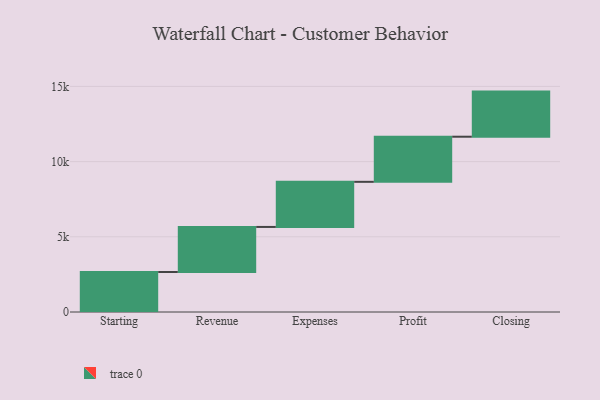
{"axis": {"x": "Step", "y": "Value"}, "legend": [""], "data": [{"x": "Starting", "y": 2661.0, "type": ""}, {"x": "Revenue", "y": 2995.0, "type": ""}, {"x": "Expenses", "y": 3000, "type": ""}, {"x": "Profit", "y": 3000, "type": ""}, {"x": "Closing", "y": 3000, "type": ""}]}